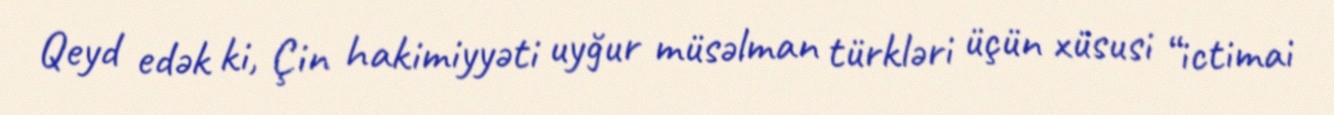
Qeyd edək ki, Çin hakimiyyəti uyğur müsəlman türkləri üçün xüsusi “ictimai